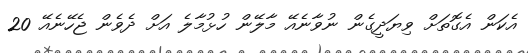
އެކަން އެގޮތަށް ވިޔަދީގެން ނުވާނެއޭ މާލޭން ހުޅުމާލެ އަށް ދެވެން ޖެހޭނެއޭ 20